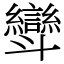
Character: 㪻